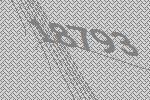
18793